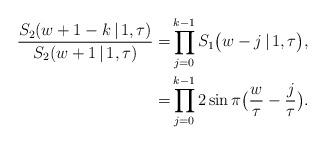
LaTeX: \begin{align*}\frac{S_2(w+1-k\,|\,1,\tau)}{S_2(w+1\,|\,1,\tau)} = & \prod\limits_{j=0}^{k-1}S_1\bigl(w-j\,|\,1,\tau\bigr), \\= & \prod\limits_{j=0}^{k-1} 2 \sin\pi\bigl(\frac{w}{\tau}-\frac{j}{\tau}\bigr). \end{align*}